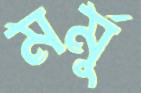
মর্মু